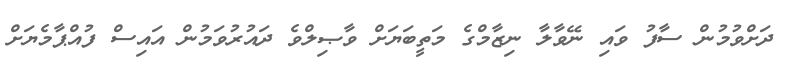
ދަށްވުމުން ސާފު ވައި ނޭވާލާ ނިޒާމްގެ މަތީބަޔަށް ވާޞިލްވެ ދައުރުވަމުން އައިސް ފުއްޕާމެޔަށް